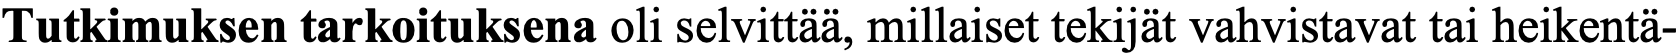
Tutkimuksen tarkoituksena oli selvittää, millaiset tekijät vahvistavat tai heikentä-